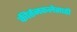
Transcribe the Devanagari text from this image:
कीर्तनकलेसाठी